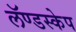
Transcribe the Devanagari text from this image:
लॅण्डस्केप